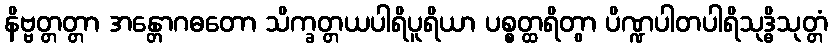
နိဗ္ဗတ္တတ္တာ အန္တောဂဓတော သိက္ခတ္တယပါရိပူရိယာ ပစ္စတ္ထရိတွာ ပိဏ္ဍပါတပါရိသုဒ္ဓိသုတ္တံ